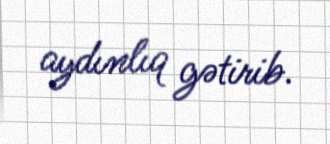
aydınlıq gətirib.